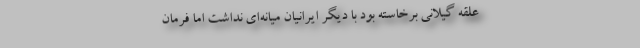
علقه گیلانی برخاسته بود با دیگر ایرانیان میانه‌ای نداشت اما فرمان